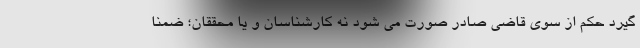
گیرد حکم از سوی قاضی صادر صورت می شود نه کارشناسان و یا محققان؛ ضمنا